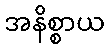
အနိစ္စာယ